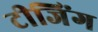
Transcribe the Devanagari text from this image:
टीजिंग